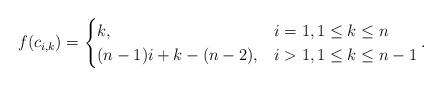
LaTeX: \begin{align*}f(c_{i,k}) &=\begin{cases}k, & i=1, 1 \leq k \leq n\\ (n-1)i+k-(n-2), & i>1, 1 \leq k \leq n-1 \end{cases}.\end{align*}